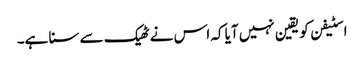
اسٹیفن کو یقین نہیں آیا کہ اس نے ٹھیک سے سنا ہے۔